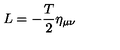
L = - \frac T 2 \eta _ { \mu \nu }